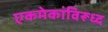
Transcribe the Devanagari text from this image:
एकमेकांविरूध्द